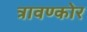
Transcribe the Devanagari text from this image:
त्रावण्कोर